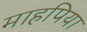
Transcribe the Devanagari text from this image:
माहपिया